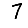
Digit: 7